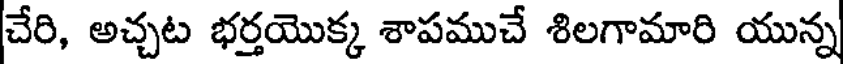
చేరి, అచ్చట భర్తయొక్క శాపముచే శిలగామారి యున్న